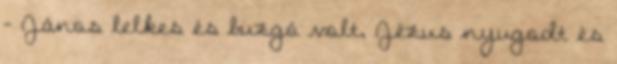
- János lelkes és buzgó volt, Jézus nyugodt és